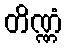
တိဏ္ဏံ